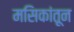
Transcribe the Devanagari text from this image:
मसिकांतून